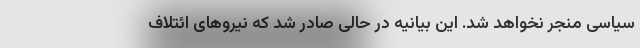
سیاسی منجر نخواهد شد. این بیانیه در حالی صادر شد که نیروهای ائتلاف